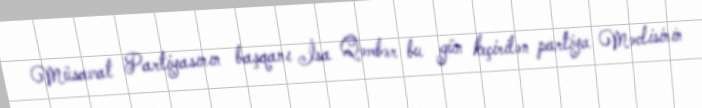
Müsavat Partiyasının başqanı İsa Qəmbər bu gün keçirilən partiya Məclisinin